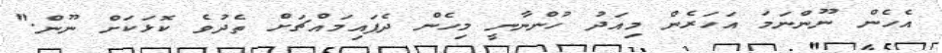
އެހެން ނޫންނަމަ އަހަރެން މިއަދު ހުންނާނީ މިހެން ދެފައިމައްޗަށް ތެދުވެ ކޮޅަކަށް ނޫން."